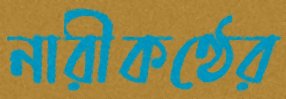
নারীকণ্ঠের